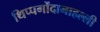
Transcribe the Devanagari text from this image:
थिप्पगोंदानाहल्ली